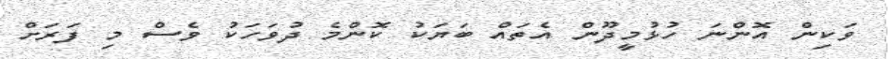
ވަކިން އޮންނަ ހުޅުމީދޫން އެތައް ބަޔަކު ކޮންމެ ދުވަހަކު ވެސް މި ފަރަށް